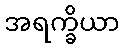
အရက္ခိယာ